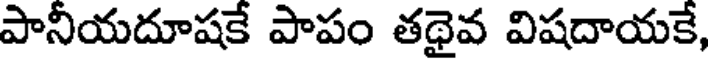
పానీయదూషకే పాపం తథైవ విషదాయకే,